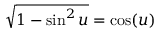
{ \sqrt { 1 - \sin ^ { 2 } u } } = \cos ( u )